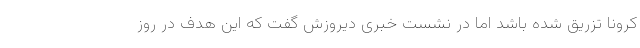
کرونا تزریق شده باشد اما در نشست خبری دیروزش گفت که این هدف در روز